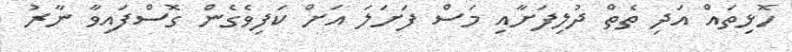
ހޮޅިތައް އަދި ތެތް ދުލިފަށާއި މަސް ފަށަލަ އަށް ކަފިވެގެން ގޮސްފައިވާ ނާރު